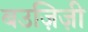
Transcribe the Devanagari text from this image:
बउज़िज़ी